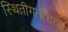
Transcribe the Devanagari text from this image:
स्थितीगतीशास्त्र